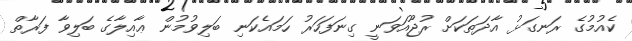
ކެއުމުގެ ރަނގަޅު އާދަތަކަށް ރުޖޫއަވަނީ ގިނަފަހަރު ހަމައެކަނި ބަލިވުމުން ޢާއިލާގެ ބަލިވާ ފަރާތް